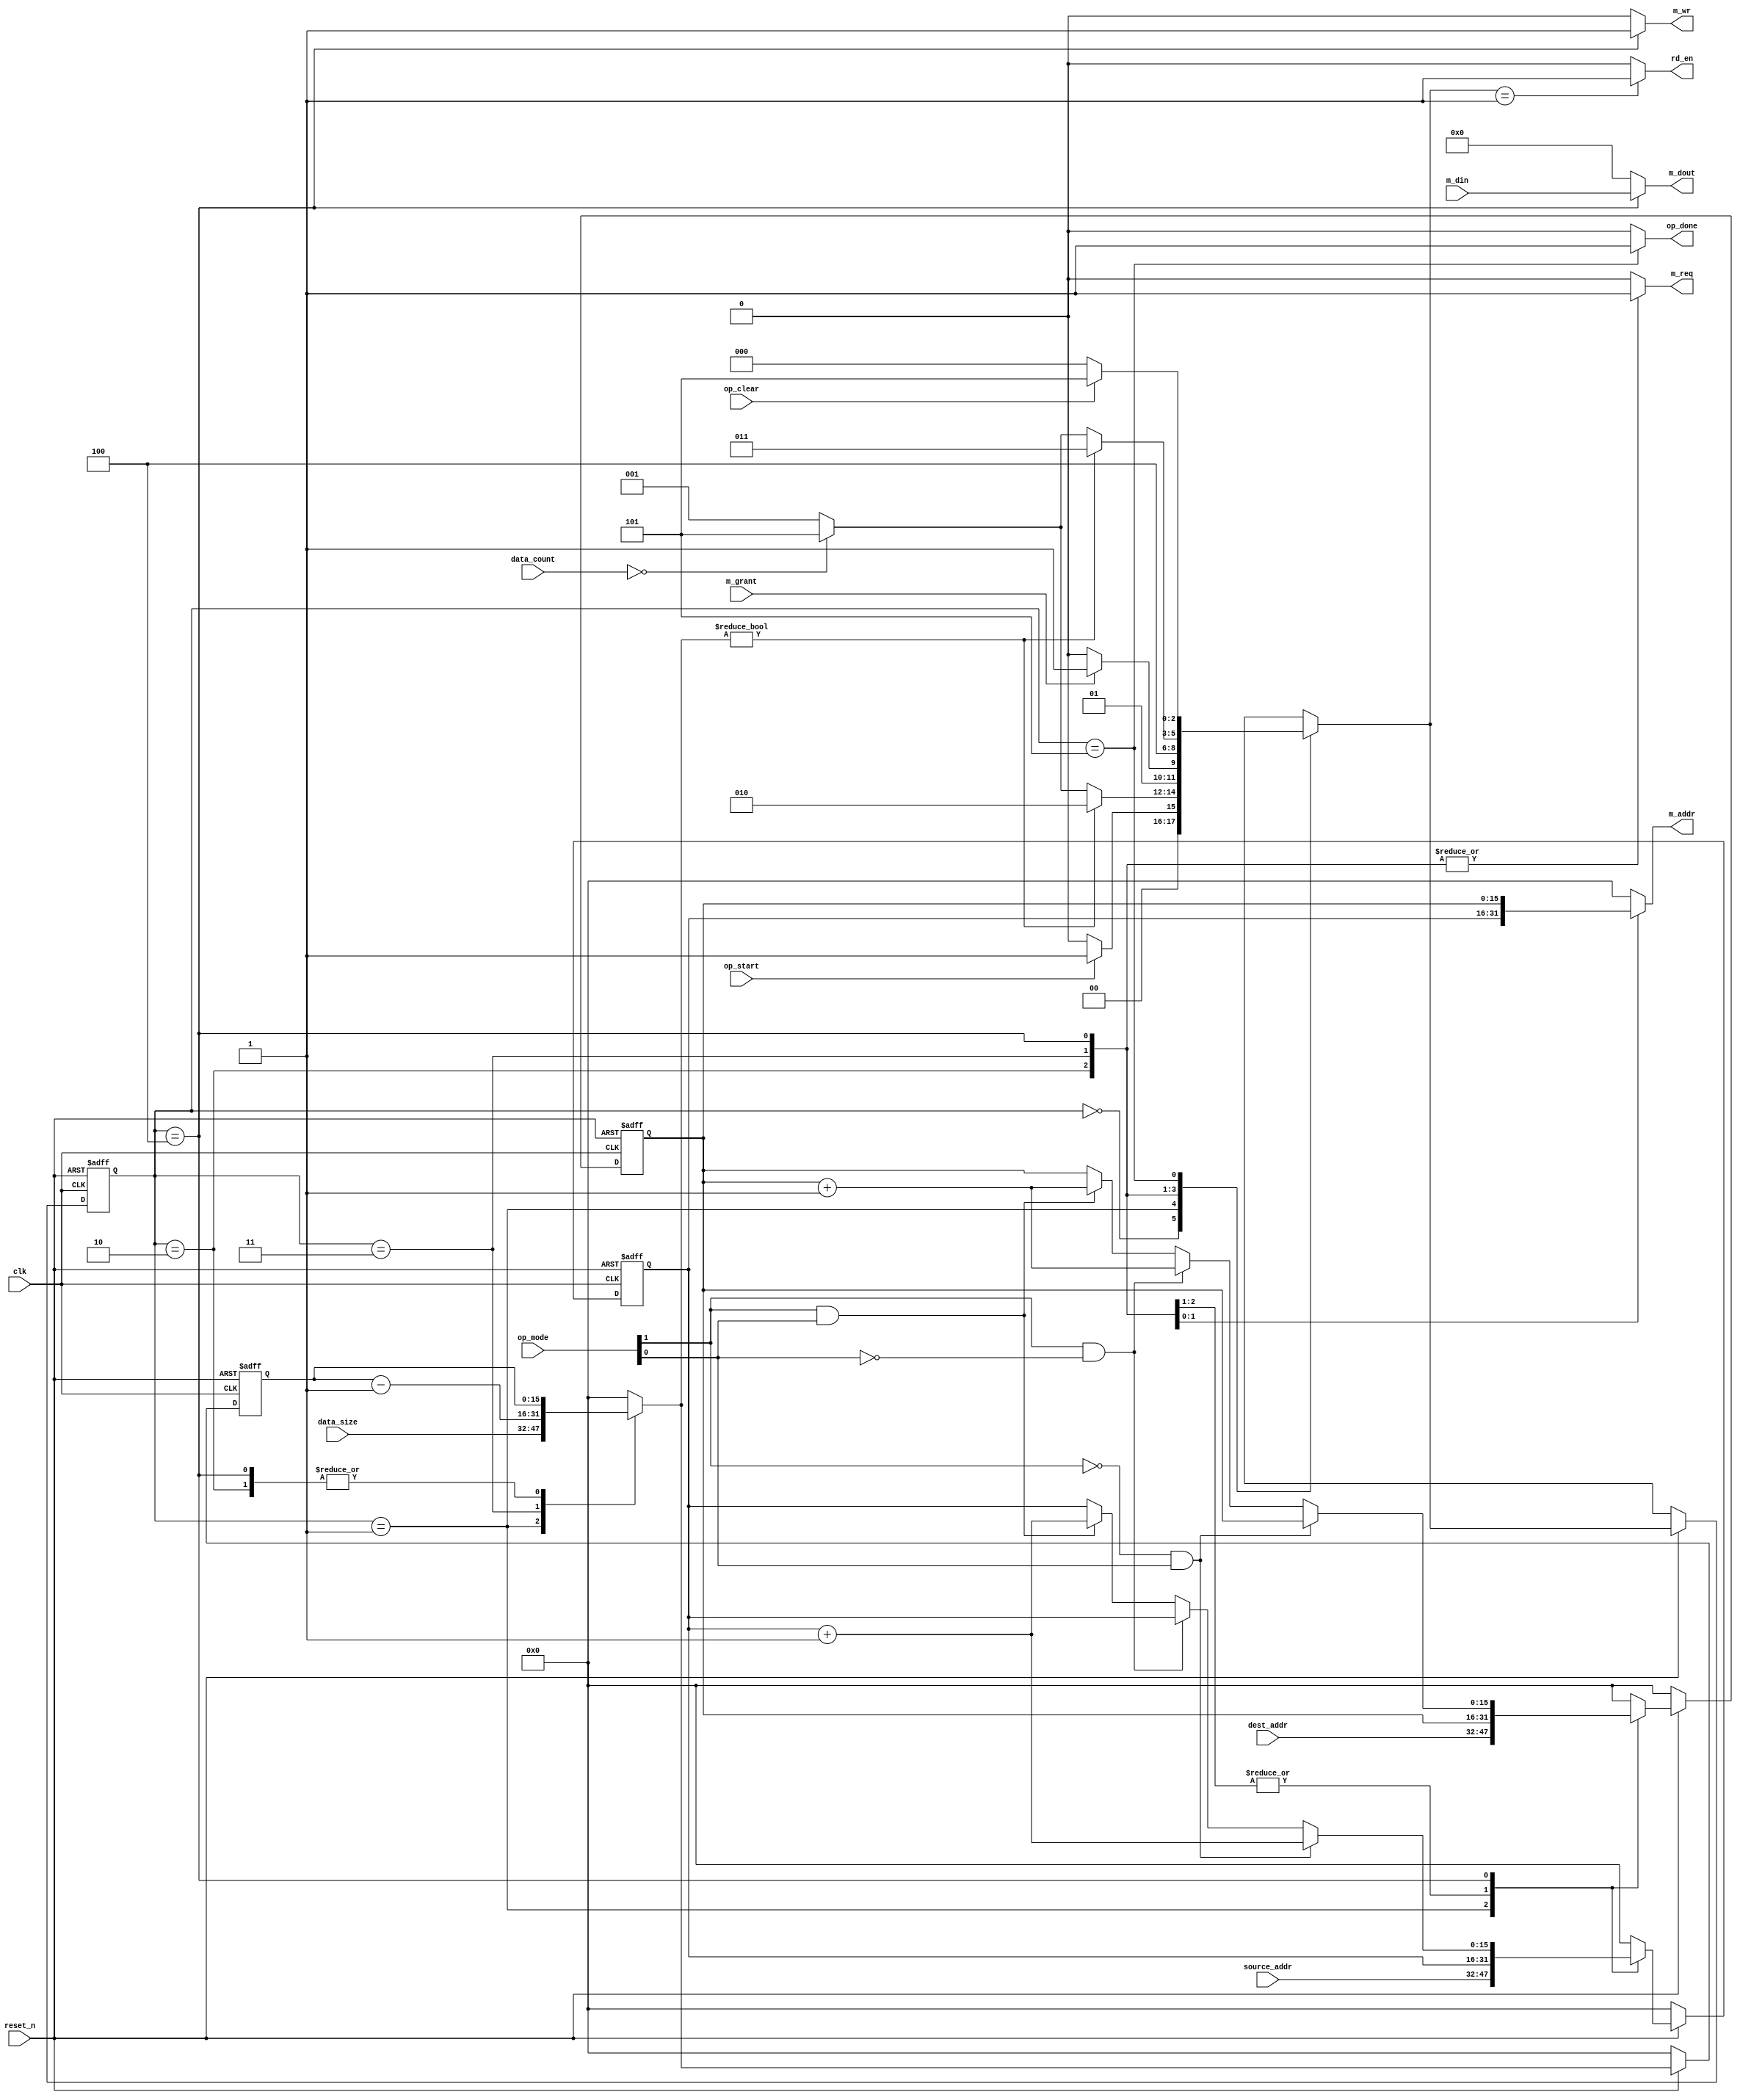
module DMAC_master(clk, reset_n, op_start, op_done, op_clear, source_addr, dest_addr, data_size, data_count, rd_en, m_req, m_grant, m_wr, m_addr, m_dout, m_din, op_mode);
	// input value
input clk, reset_n, m_grant, op_clear, op_start;
input [15:0] source_addr, dest_addr, data_size;
input [3:0] data_count;
input [31:0] m_din;
input [1:0] op_mode;

// output value 
output reg op_done, rd_en ;
output reg m_req, m_wr;
output reg [15:0] m_addr;
output reg [31:0] m_dout;


parameter IDLE 			= 3'b000;
parameter FIFO_POP 		= 3'b001;
parameter BUS_REQUEST 	= 3'b010;
parameter MEMORY_READ 	= 3'b011;
parameter MEMORY_WRITE 	= 3'b100;
parameter DONE 			= 3'b101;

reg [2:0] state, next_state;
reg [15:0] master_source, next_master_source, master_destaddr, next_master_destaddr, master_datasize, next_master_datasize;


always@(posedge clk or negedge reset_n)
begin
	if(reset_n == 0) // if reset_n =0, keep state in IDLE
		state <= IDLE;
	else if (reset_n == 1) // if reset_n = 1, pass next state value to state 
		state <= next_state;
	else				// default case 
		state = 3'bx;
end

// decide next state accoding to current state, op_start, op_clear, next_master_datasize, data_count, m_grant 
always@(state, op_start, op_clear, next_master_datasize, data_count, m_grant) 
begin
	case(state)
		IDLE: // if current state is IDLE 
			begin
				if(op_start == 1)
					next_state = FIFO_POP; // if op_start is 1, move to FIFO_POP state
				else
					next_state = IDLE;	 // else keep current state 
			end
		
		FIFO_POP:	// if current state is FIFO_POP
			begin
				if(next_master_datasize != 15'h0) // if next_master's datasize isn't equal with 0
					next_state = BUS_REQUEST;		// move to BUS_REQUEST state 
				else 										// if next_master's datasize is equal with 0
					begin
						if(data_count == 5'h0)			// if current data_count is 0
							next_state = DONE;			// move to DONE state
						else									// in else case, move to FIFO_POP state 
							next_state = FIFO_POP;	
					end
			end
		
		
		BUS_REQUEST:	// if current state is BUS_REQUEST 
			begin
				if(m_grant == 1)				
					next_state = MEMORY_READ; // if m_grant ==1, move to MEMORY_READ state
				else								
					next_state = BUS_REQUEST;	// in else case, keep current state
			end
		
		
		MEMORY_READ: // if current state is MEMORY_READ, move to MEMORY_WRITE state
			next_state = MEMORY_WRITE;
		
		MEMORY_WRITE: // if current state is MEMORY_WRITE
			begin
				if(next_master_datasize != 15'h0) // if next master's datasize isn't equal with 0
					next_state = MEMORY_READ;		// move to MEMORY_READ state
				else 
				begin
					if(data_count == 5'h0)			// if current data count is 0
						next_state = DONE;			// move to DONE state 
					else 
						next_state = FIFO_POP;	// in else case, move to FIFO_POP state
				end
			end
		
		DONE:			// if current state is DONE
			begin
				if(op_clear == 0) 	// if op_clear = 1, move to IDLE state
					next_state = IDLE;
				else						 
					next_state = DONE;	// if op_clear == 0, keep current state 
			end
			
		default
			next_state = 3'bx;
	endcase
end


/* decide source_addr, data_size, destaddr*/
always@(posedge clk or negedge reset_n)
begin
	if(reset_n == 0)//if reset_n is 0, set under values to 0
	begin
		master_source = 15'h0;
		master_destaddr = 15'h0;
		master_datasize = 15'h0;
	end
	
	else if (reset_n == 1)//if reset_n is 0, pass next valus to its parent register 
	begin
		master_source = next_master_source;
		master_destaddr = next_master_destaddr;
		master_datasize = next_master_datasize;
	end
	
	else // default case, set under values to 0
	begin
		master_source = 15'h0;
		master_destaddr = 15'h0;
		master_datasize = 15'h0;
	end
end


/* set next vaules accoding to current state */
always@(state, source_addr, master_source, dest_addr, master_destaddr, data_size, master_datasize, op_mode)
begin
	case(state)
	FIFO_POP:	// if current state is POP, pass current values to each next registers
	begin
		next_master_source  	= source_addr;
		next_master_destaddr = dest_addr;
		next_master_datasize = data_size;
	end
	
	
	BUS_REQUEST:	// if current state is BUS_REQUEST, keep under current values
	begin
		next_master_source = master_source;
		next_master_destaddr = master_destaddr;
		next_master_datasize = master_datasize;
	end
	
	
	MEMORY_READ: // if current state is MEMORY_READ
	begin
		next_master_source = master_source;		// keep master_source, master_desaddr
		next_master_destaddr = master_destaddr;
		next_master_datasize = master_datasize - 1'b1; // minus 1 at master datasize
	end
	
	
	MEMORY_WRITE:// if current state is MEMORY_WRITE
		begin
			if((op_mode[1] == 0) && (op_mode[0] == 1)) // source address increment mode
			begin 
				next_master_source = master_source + 1'b1; // plus 1 at master_source
				next_master_destaddr = master_destaddr;				// keep master_desaddr
			end
			else if((op_mode[1] == 1) && (op_mode[0] == 0)) // destination address increment mode
			begin 
				next_master_source = master_source;					// keep master_source
				next_master_destaddr = master_destaddr+ 1'b1; // plus 1 at master_destaddr
			end
			else if((op_mode[1] == 1) && (op_mode[0] == 1)) // destination, source address increment mode
			begin 
				next_master_source = master_source + 1'b1;		// plus 1 at master_source, master_desaddr
				next_master_destaddr = master_destaddr+ 1'b1;
			end
			else // ((op_mode[1] == 0) && (op_mode[0] == 0))-> keep master_source, master_destaddr 
			begin
				next_master_source = master_source;
				next_master_destaddr = master_destaddr;
			end
		next_master_datasize = master_datasize; // keep master_datasize 
	end
	
	default // in default case, set under registers to 0
	begin
		next_master_source = 15'h0;
		next_master_destaddr = 15'h0;
		next_master_datasize = 15'h0;
	end
	endcase
end

/* rd_en setting */
always@(next_state)
begin
	case(next_state)
		{IDLE} : rd_en = 1'b0;
		{FIFO_POP} : rd_en = 1'b1; // when next state is FIFO_POP, set read enable to 1
		{BUS_REQUEST} : rd_en = 1'b0;
		{MEMORY_READ} : rd_en = 1'b0;
		{MEMORY_WRITE} : rd_en = 1'b0;
		{DONE}	: rd_en = 1'b0;
		default : rd_en = 1'b0;
	endcase
end

/*mASTER output values setting*/
always@(state, master_source, master_destaddr, master_datasize, m_din)
begin
	case(state)
		{IDLE}: // in IDLE state 
		begin
			m_req 		= 1'b0;
			m_wr			= 1'b0;
			m_dout		= 32'b0;
			m_addr 	= 15'b0;
			op_done 		= 1'b0;
		end
		{FIFO_POP}: // in FIFO_POP state 
		begin
			m_req 		= 1'b0;
			m_wr			= 1'b0;
			m_dout		= 32'b0;
			m_addr 	= 15'b0;
			op_done 		= 1'b0;
		end
		{BUS_REQUEST}: // in BUS_REQUEST state
		begin
			m_req 		= 1'b1;	// set m_req to 1
			m_wr			= 1'b0;
			m_dout		= 32'b0;
			m_addr 	= 15'b0;
			op_done 		= 1'b0;
		end
		{MEMORY_READ}:	// in MEMORY_READ state 
		begin
			m_req 		= 1'b1;	// set m_req to 1
			m_wr			= 1'b0;
			m_dout		= 32'b0;
			m_addr 	= master_source; // pass master_source to m_addr 
			op_done 		= 1'b0;
		end
		{MEMORY_WRITE}:  // in MEMORY_WRITE state 
		begin
			m_req 		= 1'b1;	// set m_req to 1
			m_wr			= 1'b1;	// set m_wr to 1
			m_dout		= m_din;	// pass m_din to m_dout 
			m_addr 	= master_destaddr; // pass master_destaddr to m_addr 
			op_done 		= 1'b0;
		end
		{DONE}: // in DONE state
		begin
			m_req 		= 1'b0;
			m_wr			= 1'b0;
			m_dout		= 32'b0;
			m_addr 	= 15'b0;
			op_done 		= 1'b1; // set op_done to 1
		end
		default:		// in default case, set under values to 0
		begin
			m_req 		= 1'b0;
			m_wr			= 1'b0;
			m_dout		= 32'b0;
			m_addr 	= 15'b0;
			op_done 		= 1'b0;
		end
	endcase
end
endmodule